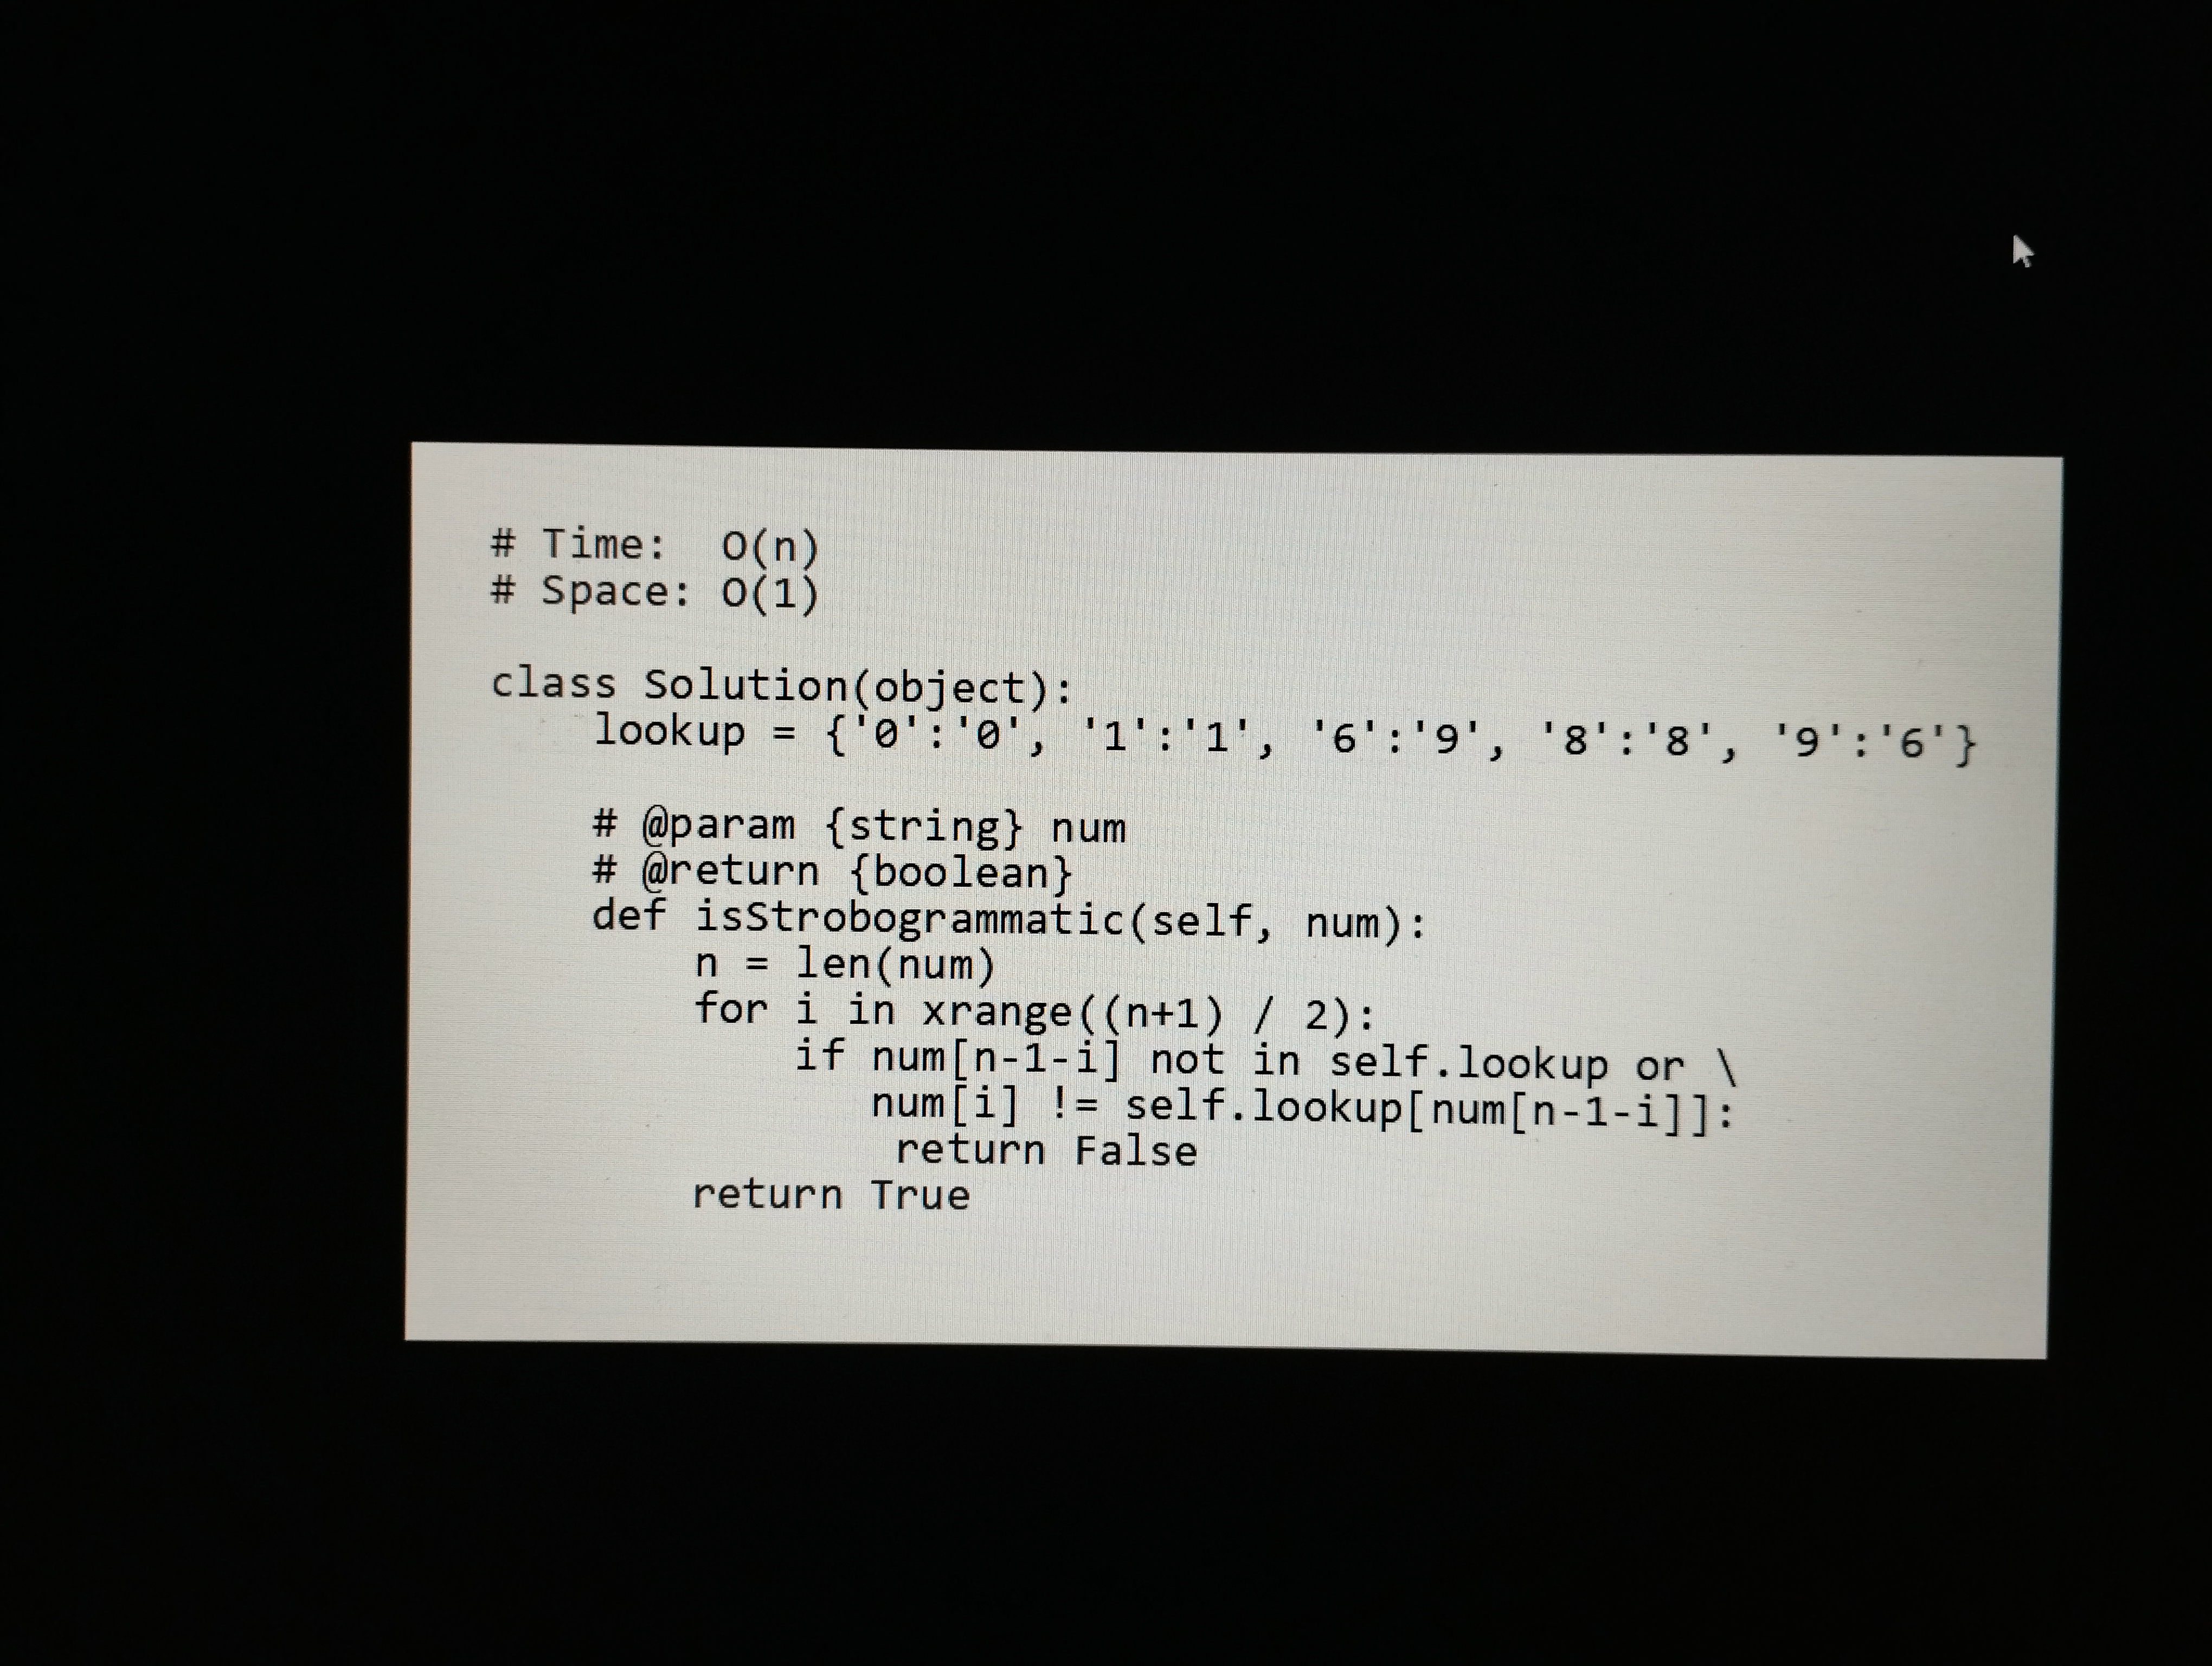
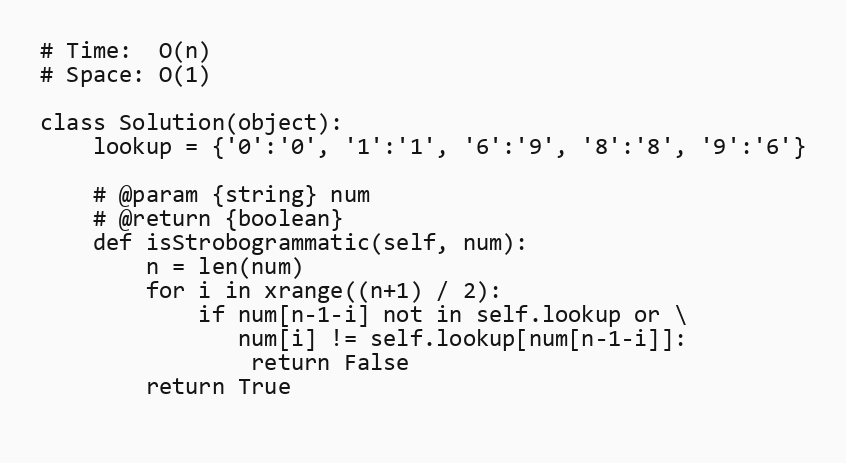
# Time:  O(n)
# Space: O(1)

class Solution(object):
    lookup = {'0':'0', '1':'1', '6':'9', '8':'8', '9':'6'}

    # @param {string} num
    # @return {boolean}
    def isStrobogrammatic(self, num):
        n = len(num)
        for i in xrange((n+1) / 2):
            if num[n-1-i] not in self.lookup or \
               num[i] != self.lookup[num[n-1-i]]:
                return False
        return True